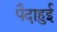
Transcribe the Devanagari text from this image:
पैदाहुई